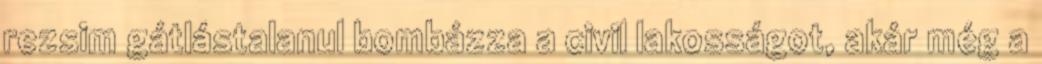
rezsim gátlástalanul bombázza a civil lakosságot, akár még a